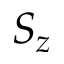
S _ { z }